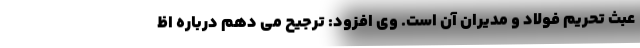
عبث تحریم فولاد و مدیران آن است. وی افزود: ترجیح می دهم درباره اظ